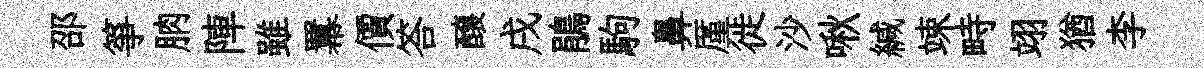
邵箏朒陣雖羃價答醸戌鵑駒鼻厪徙沙啾緘竦畤翊猶李